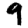
Digit: 9